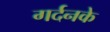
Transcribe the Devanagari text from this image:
गर्दनके